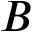
B